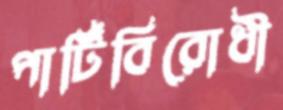
পার্টিবিরোধী